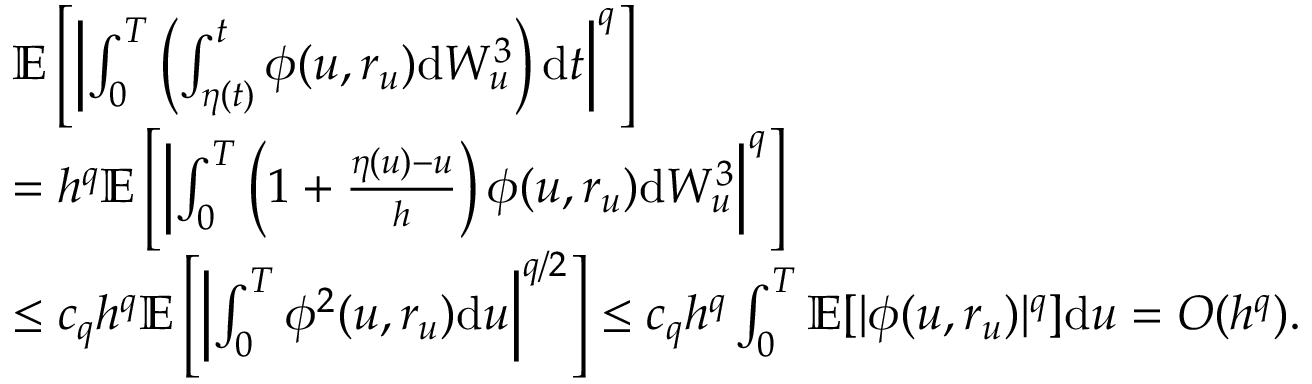
\begin{array} { r l } & { \mathbb { E } \left[ \left| \int _ { 0 } ^ { T } \left( \int _ { \eta ( t ) } ^ { t } \phi ( u , r _ { u } ) \mathrm { d } W _ { u } ^ { 3 } \right) \mathrm { d } t \right| ^ { q } \right] } \\ & { = h ^ { q } \mathbb { E } \left[ \left| \int _ { 0 } ^ { T } \left( 1 + \frac { \eta ( u ) - u } { h } \right) \phi ( u , r _ { u } ) \mathrm { d } W _ { u } ^ { 3 } \right| ^ { q } \right] } \\ & { \leq c _ { q } h ^ { q } \mathbb { E } \left[ \left| \int _ { 0 } ^ { T } \phi ^ { 2 } ( u , r _ { u } ) \mathrm { d } u \right| ^ { q / 2 } \right] \leq c _ { q } h ^ { q } \int _ { 0 } ^ { T } \mathbb { E } [ | \phi ( u , r _ { u } ) | ^ { q } ] \mathrm { d } u = O ( h ^ { q } ) . } \end{array}